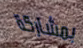
بمشاركة